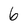
Character: 6